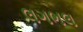
લગભલ